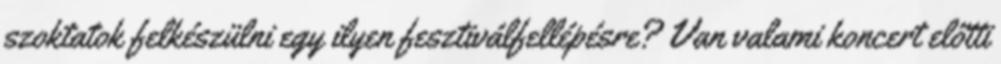
szoktatok felkészülni egy ilyen fesztiválfellépésre? Van valami koncert előtti